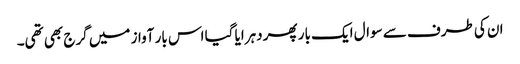
ان کی طرف سے سوال ایک بار پھر دہرایا گیا اس بار آواز میں گرج بھی تھی۔